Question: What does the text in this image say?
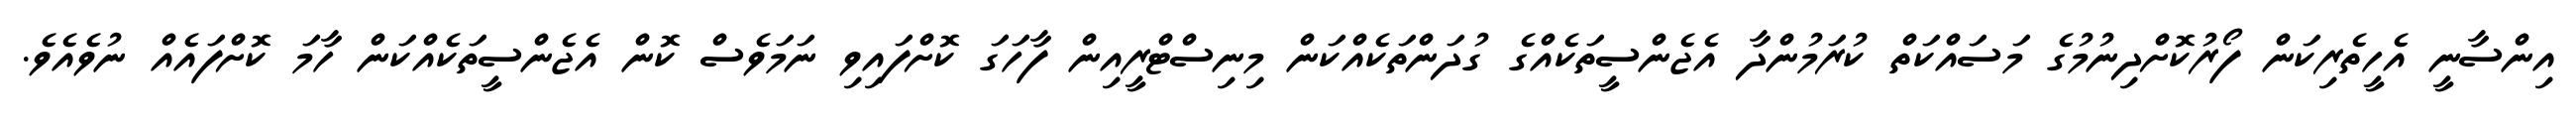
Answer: އިންސާނީ އެހީތެރިކަން ފޯރުކޮށްދިނުމުގެ މަސައްކަތް ކުރަމުންދާ އެޖެންސީތަކެއްގެ ގުދަންތަކެއްކަން މިނިސްޓްރީއިން ފާހަގަ ކޮށްފައިވި ނަމަވެސް ކޮން އެޖެންސީތަކެއްކަން ހާމަ ކޮށްފައެއް ނުވެއެވެ.